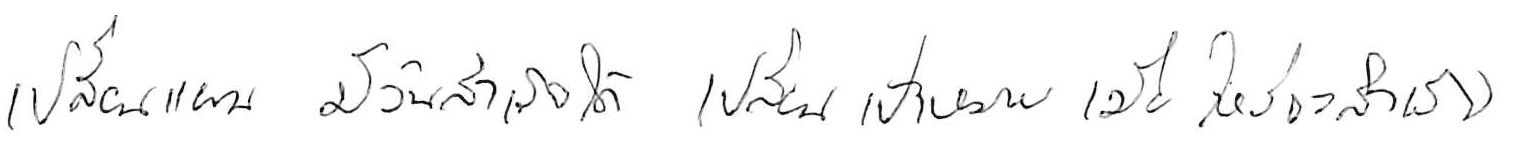
เปลี่ยนแผน มีวันสำเร็จได้ เปลี่ยนเป้าหมาย เมื่อไหร่จะสำเร็จ